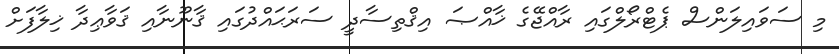
މި ސަވައިލަންސް ޕެޓްރޯލްގައި ރާއްޖޭގެ ޚާއްޞަ އިޤްތިސާދީ ސަރަޙައްދުގައި ޤާނޫނާއި ޤަވާޢިދާ ޚިލާފަށް